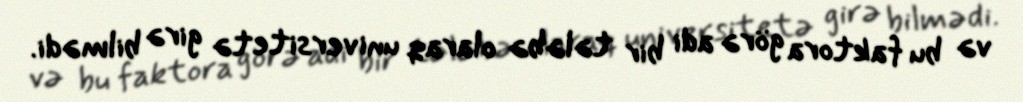
və bu faktora görə adi bir tələbə olaraq universitetə girə bilmədi.